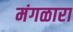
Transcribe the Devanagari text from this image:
मंगळारा